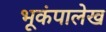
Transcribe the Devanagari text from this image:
भूकंपालेख